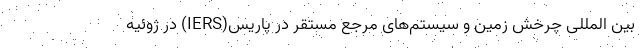
بین المللی چرخش زمین و سیستم‌های مرجع مستقر در پاریس(IERS) در ژوئیه